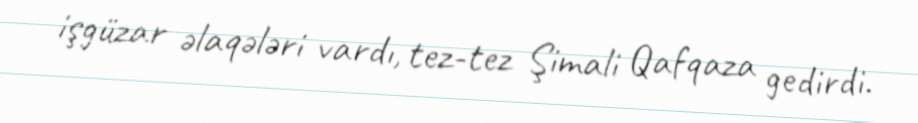
işgüzar əlaqələri vardı, tez-tez Şimali Qafqaza gedirdi.